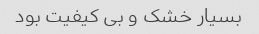
بسیار خشک و بی کیفیت بود